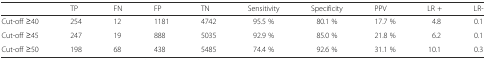
|  | TP | FN | FP | TN | Sensitivity | Specificity | PPV | LR + | LR- |
 | --- | --- | --- | --- | --- | --- | --- | --- | --- | --- |
 | Cut-off ≥40 | 254 | 12 | 1181 | 4742 | 95.5 % | 80.1 % | 17.7 % | 4.8 | 0.1 |
 | Cut-off ≥45 | 247 | 19 | 888 | 5035 | 92.9 % | 85.0 % | 21.8 % | 6.2 | 0.1 |
 | Cut-off ≥50 | 198 | 68 | 438 | 5485 | 74.4 % | 92.6 % | 31.1 % | 10.1 | 0.3 |